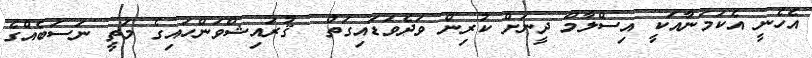
އެހެނީ އެކަމަނާއަކީ އިސްލާމް ދީނަށް ކުރިން ވަދެވަޑައިގަތް  ޤުރައިޝްވަންހައިގެ މަތީ ނަސަބެއްގެ